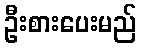
ဦးစားပေးမည်